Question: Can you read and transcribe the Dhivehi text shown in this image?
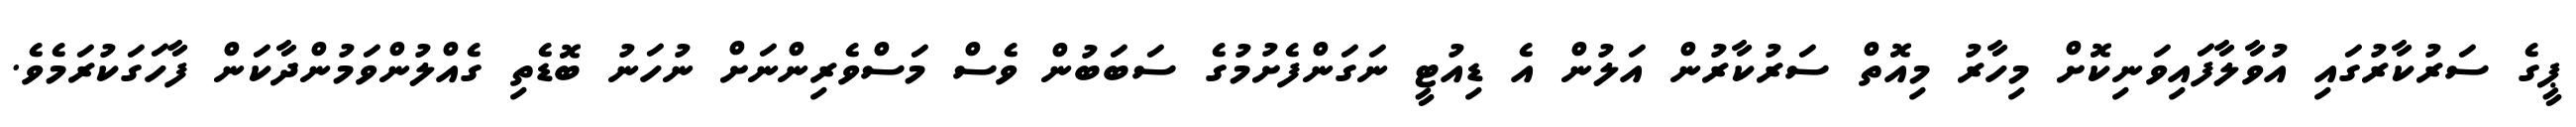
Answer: ޕީގެ ސަރުކާރުގައި އުވާލާފައިވަނިކޮށް މިހާރު މިއޮތް ސަރުކާރުން އަލުން އެ ޑިއުޓީ ނަގަންފެށުމުގެ ސަބަބުން ވެސް މަސްވެރިންނަށް ނުހަނު ބޮޑެތި ގެއްލުންވަމުންދާކަން ފާހަގަކުރަމެވެ.